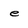
Character: e